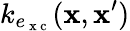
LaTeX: k_{e_{\mathrm{~x~c~}}}(\mathbf{x},\mathbf{x}^{\prime})